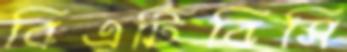
বিএটিবিসি